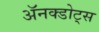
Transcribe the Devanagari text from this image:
ॲनक्डोट्स